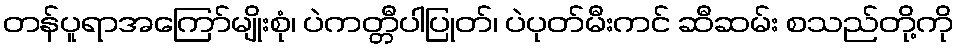
တန်ပူရာအကြော်မျိုးစုံ၊ ပဲကတ္တီပါပြုတ်၊ ပဲပုတ်မီးကင် ဆီဆမ်း စသည်တို့ကို